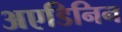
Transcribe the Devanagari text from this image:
अएडिनिन